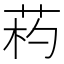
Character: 𦯪